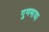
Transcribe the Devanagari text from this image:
गुणमाया